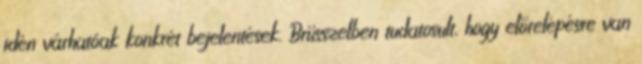
idén várhatóak konkrét bejelentések. Brüsszelben tudatosult, hogy előrelépésre van